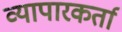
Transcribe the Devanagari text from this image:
व्यापारकर्ता